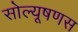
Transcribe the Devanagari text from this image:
सोल्यूषणस